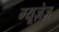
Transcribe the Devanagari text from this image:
म्यूज़ेज़